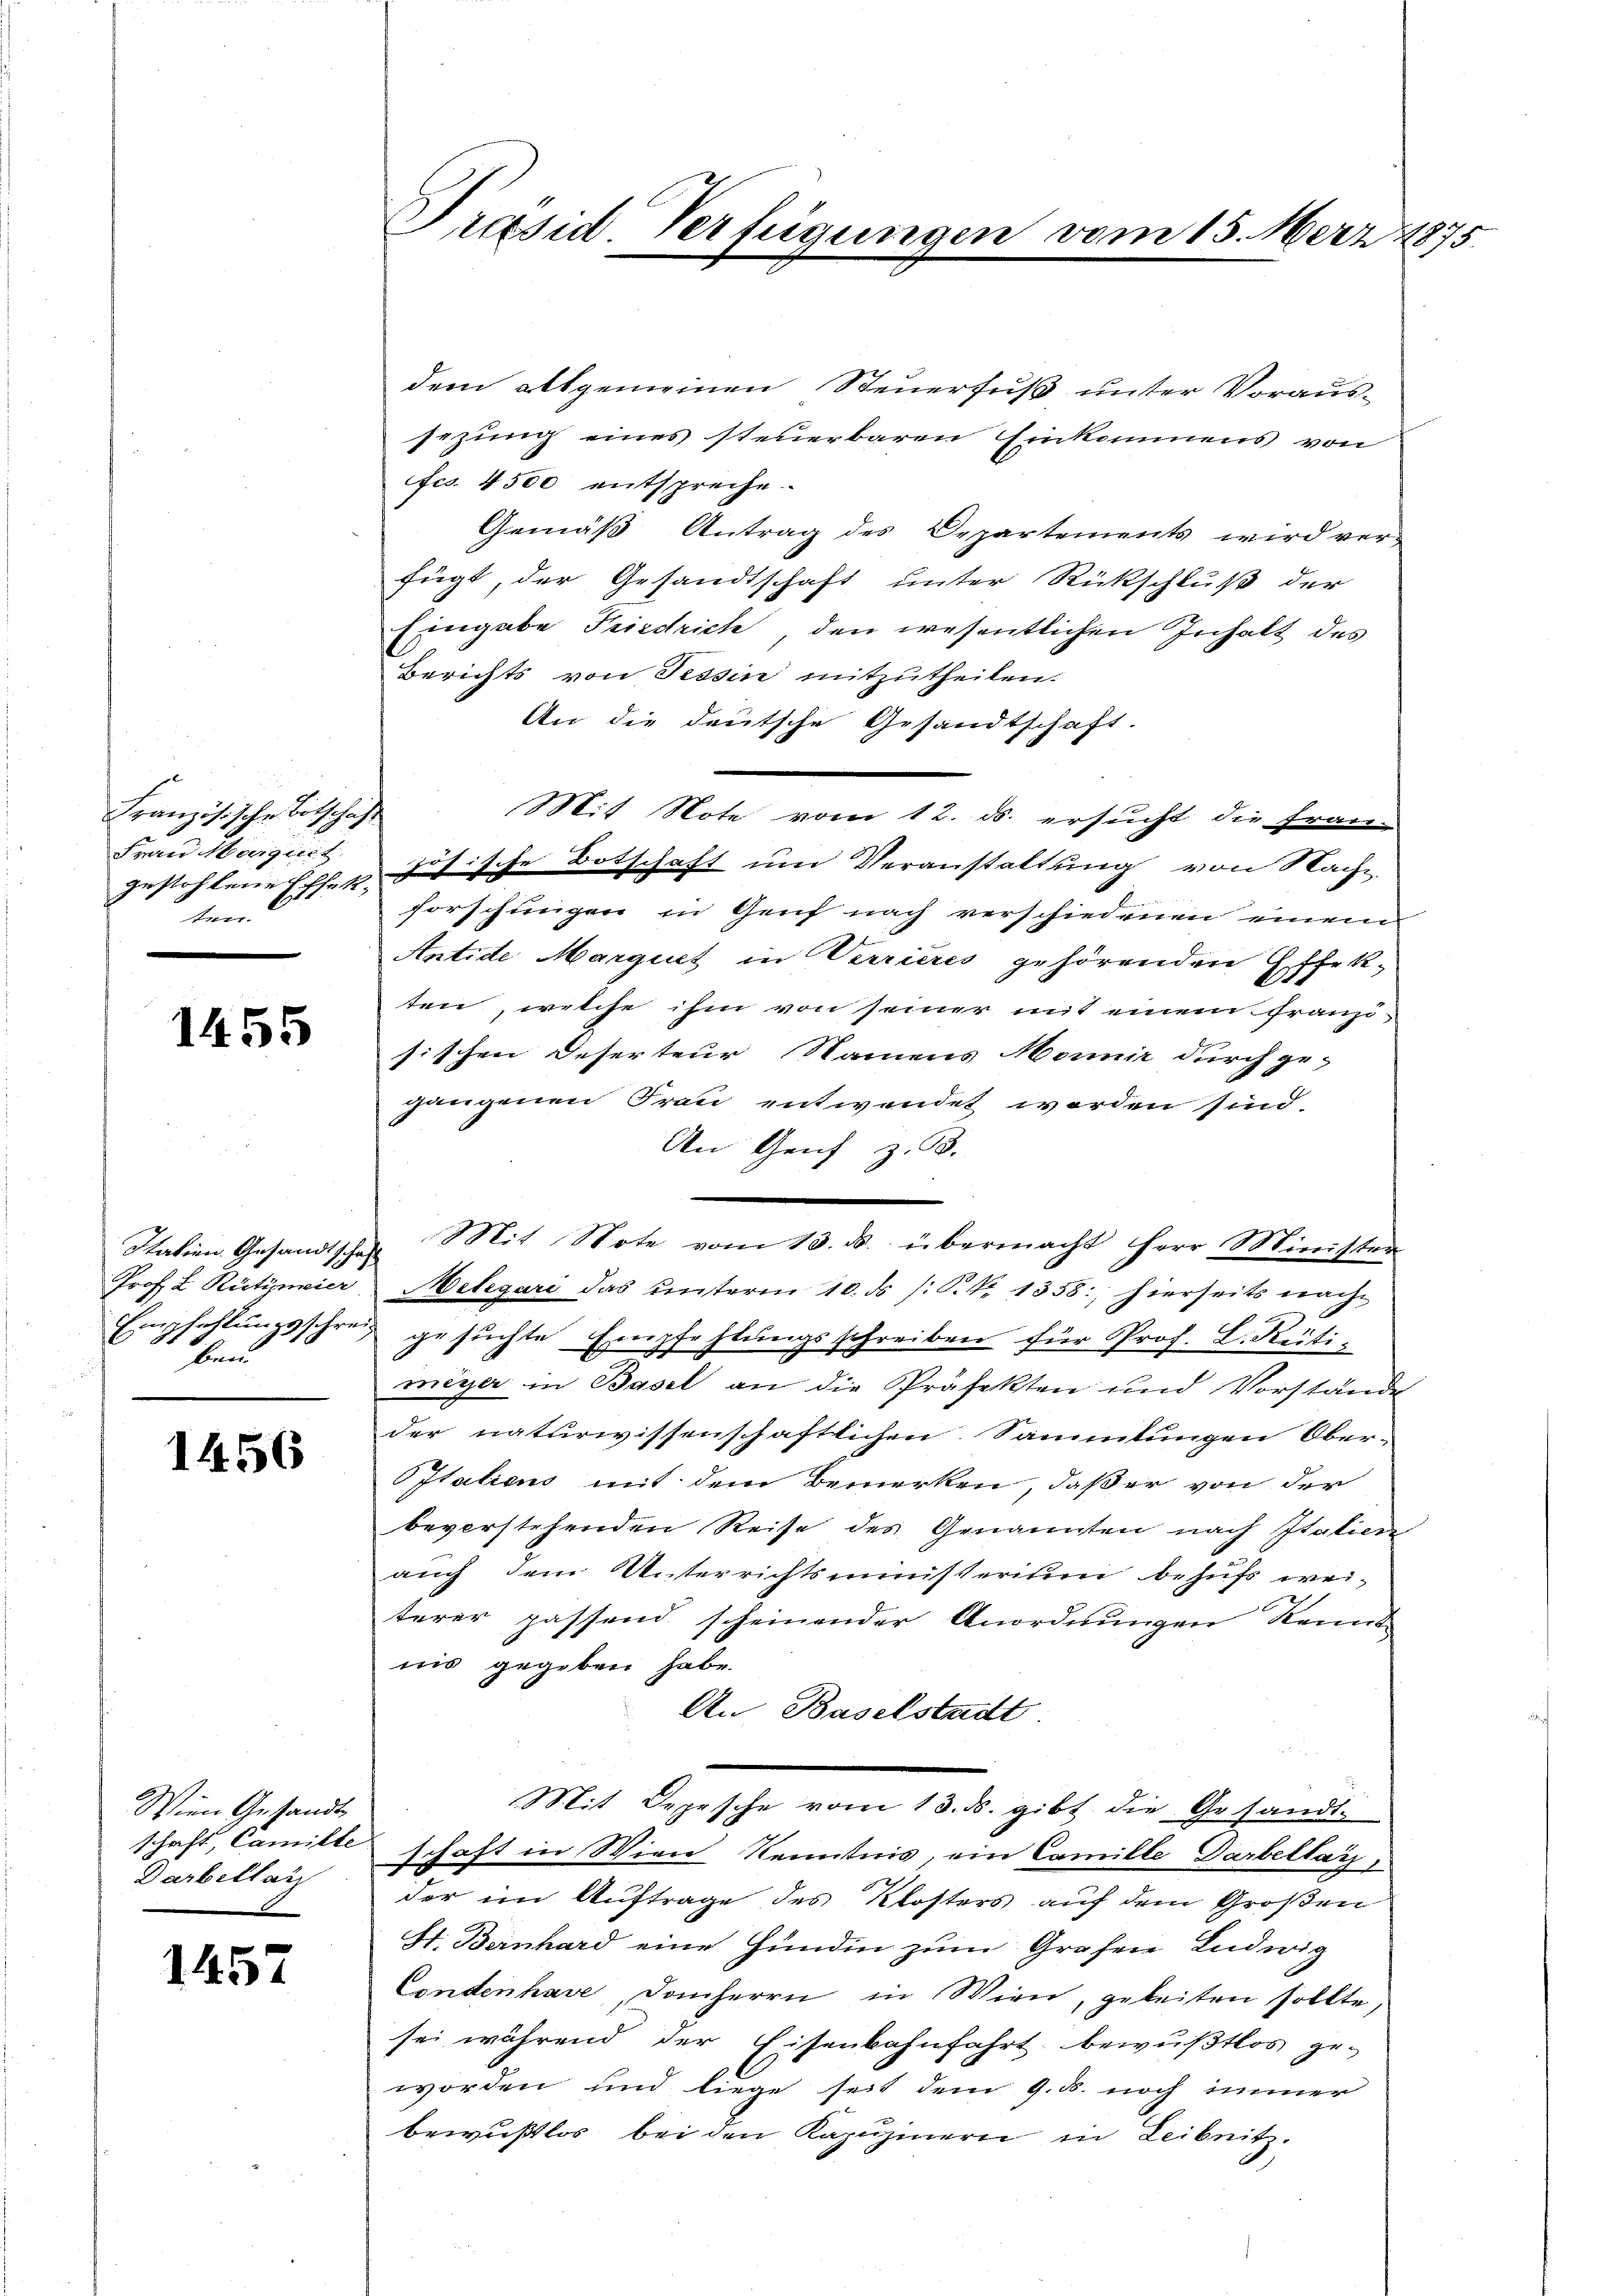
Französische Bitschaft
Frau Margiret
ten.

1455

Prof. L. Rütimier
ben

1456

Wien Gesandts
Darbellar

1457

Präsid. Verfügungen vom 15. März 1875

dem altgemeinen Steuerfuß unter Voraussezung eines steuerbaren Einkomens von
fcs. 4500 entspreche.
Gemäß Antrag des Departements wird ver-
fügt, der Gesandtschaft unter Rückschluß der
Eingabe Friedrich, den wesentlichen Inhalt des
Berichts von Tessin mitzutheilen.
An die deutsche Gesandtschaft.
Mit Note vom 12. ds. ersucht die Fran-
gestohlene Effet zösische Botschaft um Veranstaltung von Nachforschungen in Genf nach verschiedenen einem
Antide Marquet in Verrieres gehörenden Effekten, welche ihm von seiner mit einem Franzisischen Deserteur Namens Monnir durch ge-
gangenen Frau entwendet worden sind.
An Genf z. B.
Statien Gesandtschen Mit Note vom 13. ds. übermacht herr Minister
Melegari das unterm 10. ds /: S. Nr. 1358: hierseits nach
Empfehlŭngsschreiz gesuchte Empfehlungsschreiben für Prof. L. Rütimeyer in Basel an die Präfekten und Vorstände
der naturwissenschaftlichen Sammlungen Ober-
Italiens mit dem Bemerken, daß er von der
beverstehenden Reise des Genannten nach Italien
auch dem Unterrichtsministerium behufs weiterer passend scheinender Anordnungen Kennt
nis gegeben habe.
An Baselstadt
Mit Depesche vom 13. ds. gibt die Gesandt-
schaft, Camitteschaft in Wien Kenntnis, ein Camille Darbeltag
der im Auftrage des Klosters auf dem Großen
St. Bernhard eine Hundin zum Grafen Ludwig
Contenhase, Danherrn in Wien, geleiten sollte,
sei während der Eisenbahnfahrt bewußtlos ge-
worden und liege seit dem 9. d. noch immer
bewustlos bei den Kapuzinern in Leibnitz.